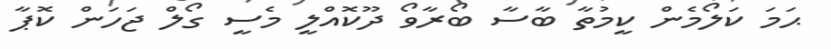
ޙަމަ ކަލޯމެން ކީމުތާ ބާސާ ބޯރާވޯ ދޫކޮއްލީ މެސީ ގޯލް ޖަހަން ކޮޕާ